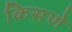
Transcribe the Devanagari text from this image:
किसणे